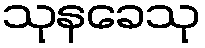
သုနခေသု